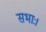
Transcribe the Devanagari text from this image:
सभाः।